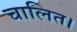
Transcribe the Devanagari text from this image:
चालित।